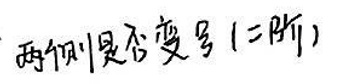
两侧是否变号（二阶）